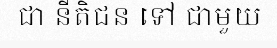
ជា នីតិជន ទៅ ជាមួយ